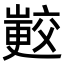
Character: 𭗟